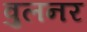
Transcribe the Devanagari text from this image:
वुलनर